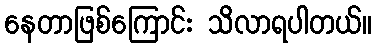
နေတာဖြစ်ကြောင်း သိလာရပါတယ်။